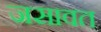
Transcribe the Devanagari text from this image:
जसावत